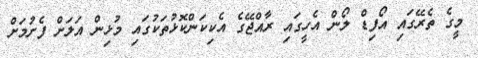
މީގެ ތެރޭގައި އޯފިޑް ލޯން އެހީގައި ރާއްޖޭގެ އެކިކަންކޮޅުތަކުގައި މުޅިން އަލަށް ފެށުމަށް